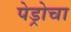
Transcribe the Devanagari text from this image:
पेड्रोचा